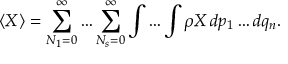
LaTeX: \langle X \rangle = \sum _ { N _ { 1 } = 0 } ^ { \infty } \ldots \sum _ { N _ { s } = 0 } ^ { \infty } \int \ldots \int \rho X \, d p _ { 1 } \ldots d q _ { n } .